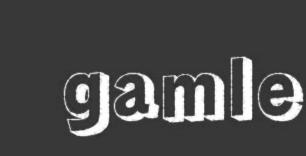
gamle